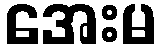
အေးမ